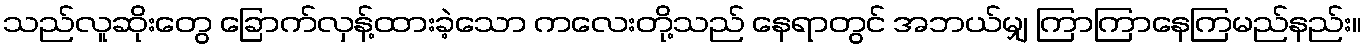
သည်လူဆိုးတွေ ခြောက်လှန့်ထားခဲ့သော ကလေးတို့သည် နေရာတွင် အဘယ်မျှ ကြာကြာနေကြမည်နည်း။